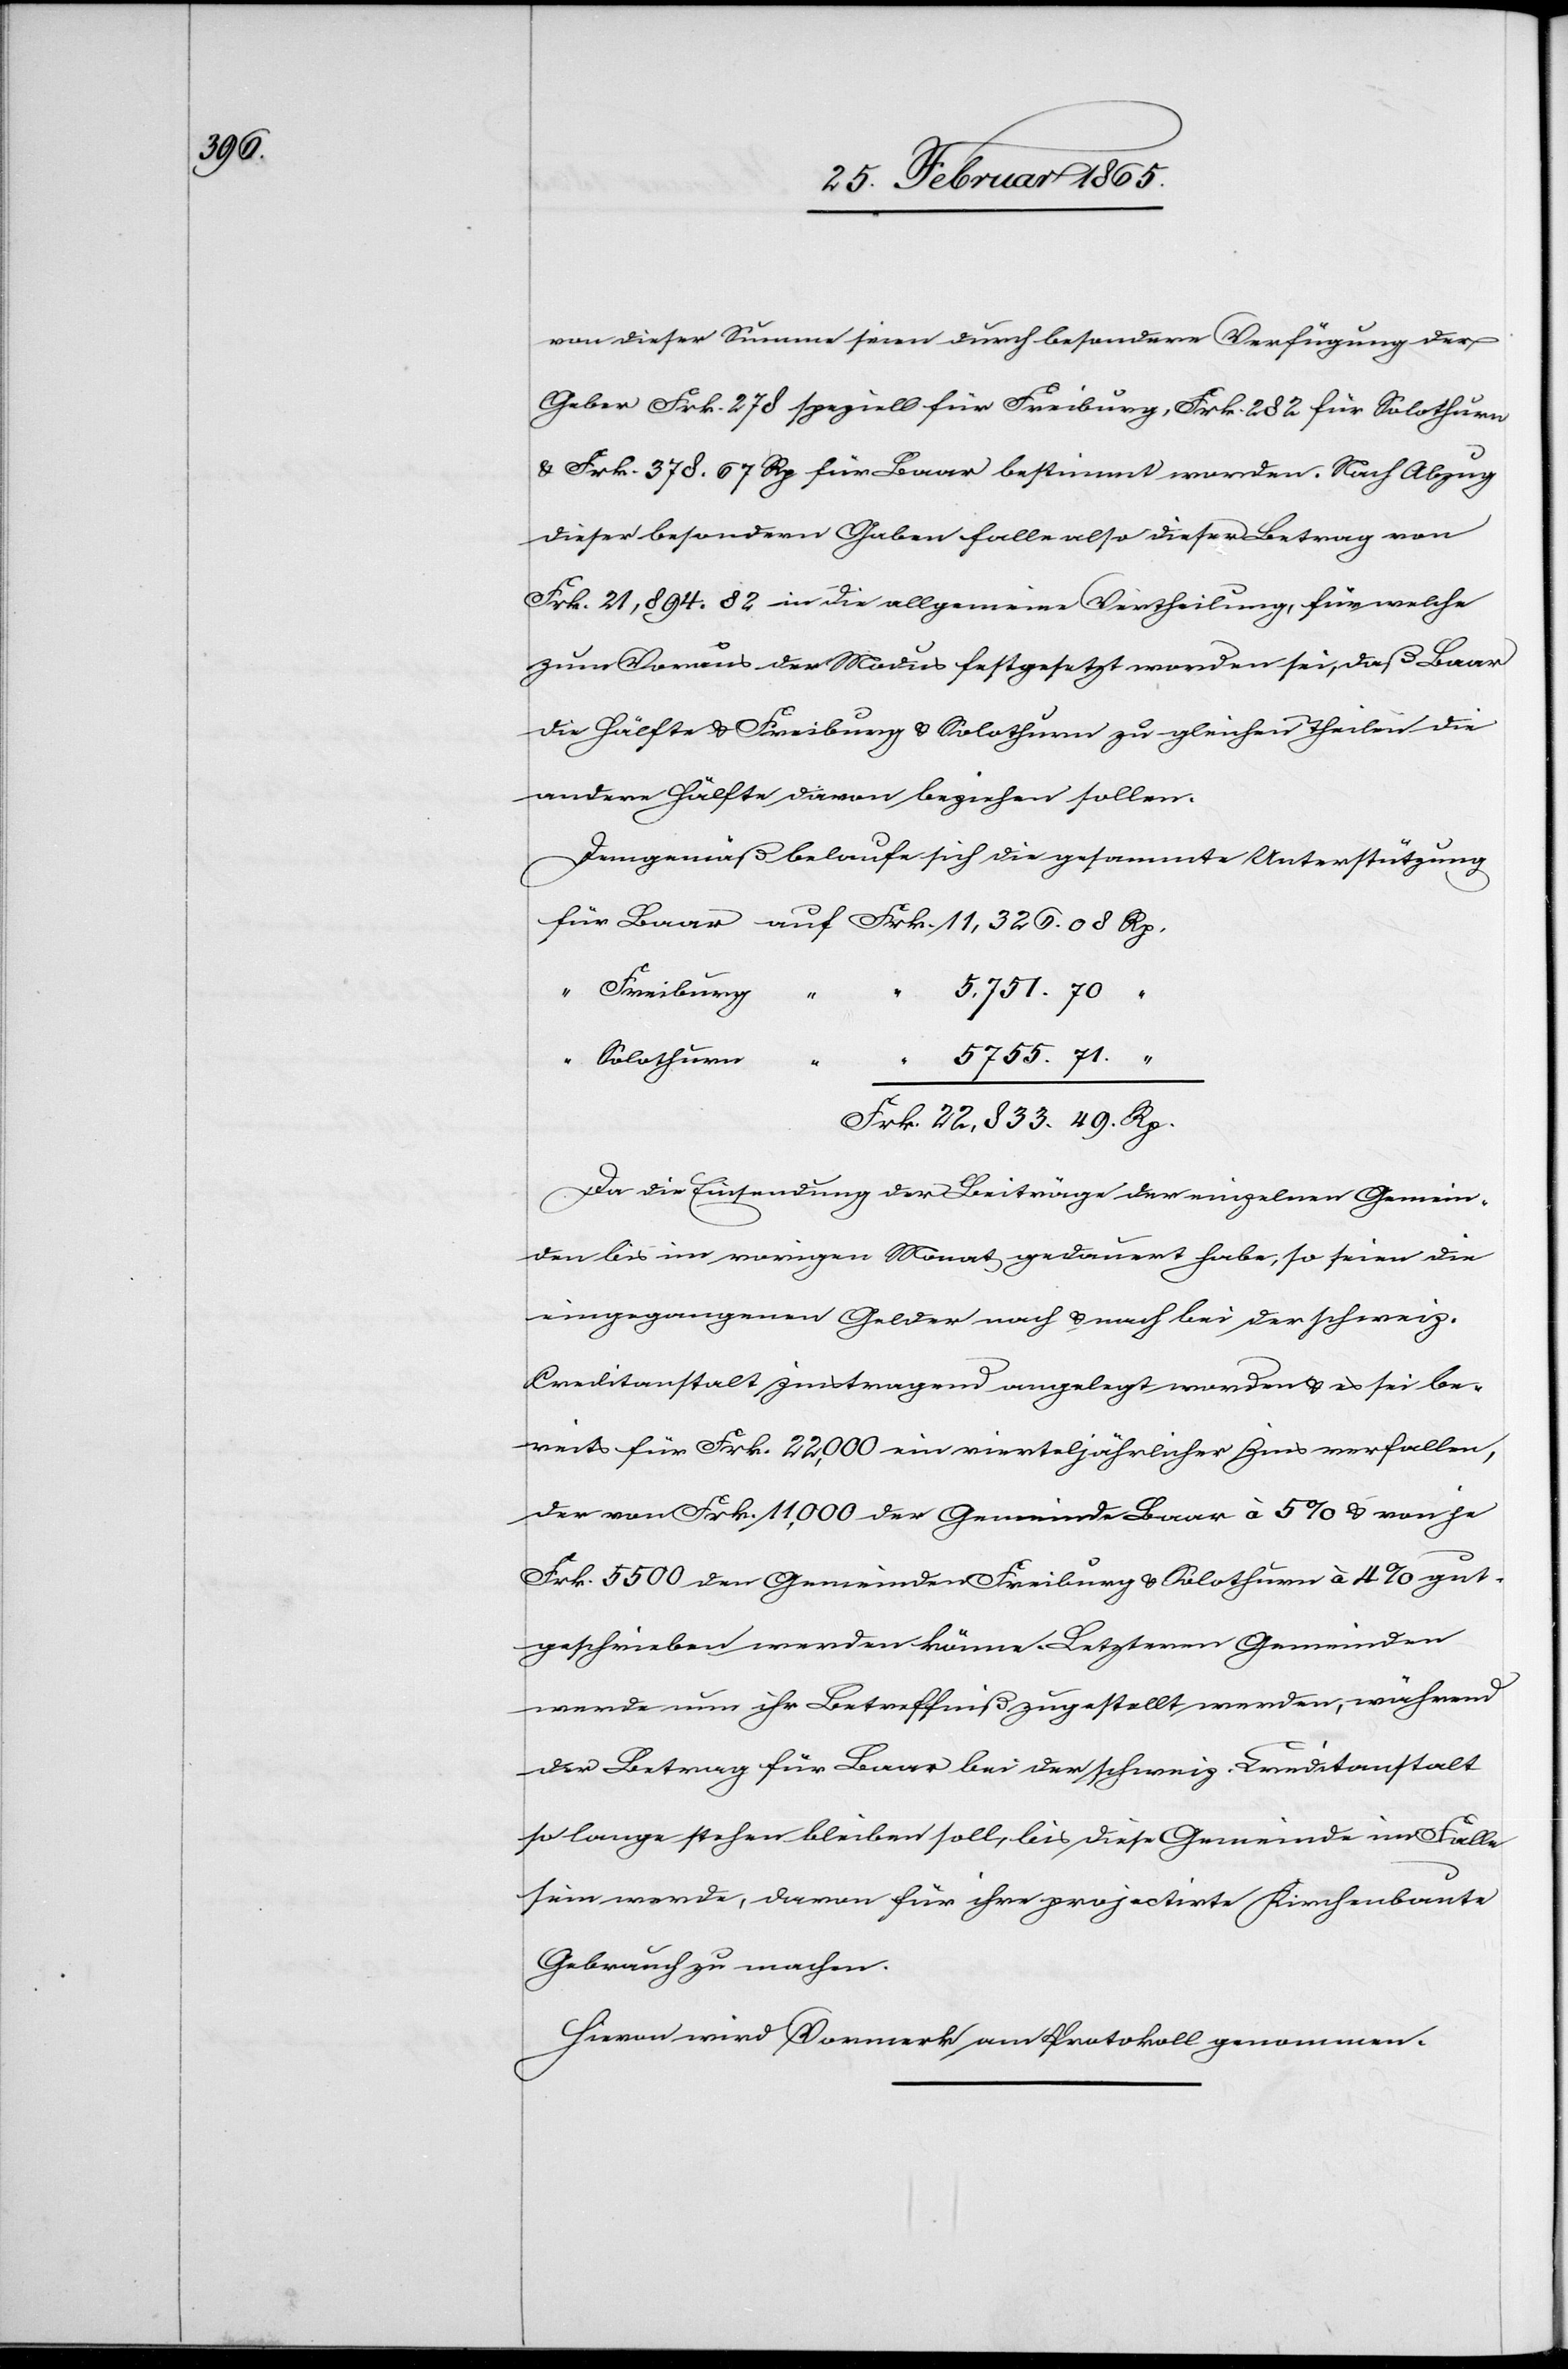
49.

von dieser Summe seien durch besondere Verfügung der
Geber Frk. 278 speziell für Freiburg, Frk. 282 für Solothurn
u. Frk. 378. 67 Rp für Baar bestimmt worden. Nach Abzug
dieser besondern Gaben falle also dieser Betrag von
Frk. 21,894. 82 in die allgemeine Vertheilung, für welche
zum Voraus der Modus festgesetzt worden sei, daß Baar
die Hälfte u. Freiburg u. Solothurn zu gleichen Theilen die
andere Hälfte davon beziehen sollen.
Demgemäß belaufe sich die gesammte Unterstützung
Solothurn
Freiburg
Da die Einsendung der Beiträge der einzelnen Gemein¬
den bis im vorigen Monat gedauert habe, so seien die
eingegangenen Gelder nach u. nach bei der schweiz.
Creditanstalt zinstragend angelegt worden u. es sei be¬
reits für Frk. 22,000 ein vierteljährlicher Zins verfallen,
der von Frk. 11,000 der Gemeinde Baar à 5 % u. von je
Frk. 5500 den Gemeinden Freiburg u. Solothurn à 4 % gut¬
geschrieben werden können. Letztern Gemeinden
werde nun ihr Betreffniß zugestellt werden, während
der Betrag für Baar bei der schweiz. Creditanstalt
so lange stehen bleiben soll, bis diese Gemeinde im Falle
sein werde, davon für ihre projectirte Kirchenbaute
Gebrauch zu machen.
Hievon wird Vormerk am Protokoll genommen.